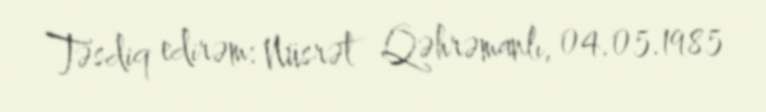
Təsdiq edirəm: Nüsrət Qəhrəmanlı, 04.05.1985